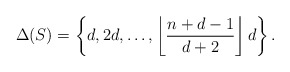
\begin{align*}\Delta(S) = \left\{d,2d,\ldots, \left\lfloor\frac{n+d-1}{d+2} \right\rfloor d \right\}.\end{align*}